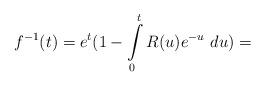
LaTeX: \begin{align*}f^{-1}(t)= e^t (1- \int \limits _0^t R(u) e^{-u} \ du ) = \end{align*}